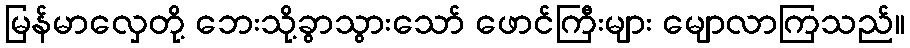
မြန်မာလှေတို့ ဘေးသို့ခွာသွားသော် ဖောင်ကြီးများ မျောလာကြသည်။